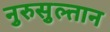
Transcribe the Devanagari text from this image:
नुरुसुल्तान